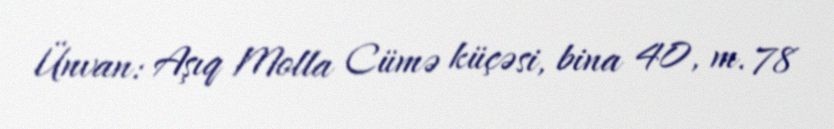
Ünvan: Aşıq Molla Cümə küçəsi, bina 40, m. 78